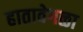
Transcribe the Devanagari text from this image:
हातावेगळा